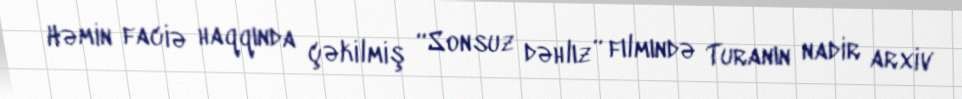
Həmin faciə haqqında çəkilmiş “Sonsuz dəhlız” fılmındə Turanın nadir arxiv